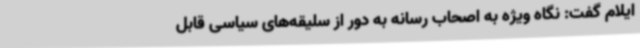
ایلام گفت: نگاه ویژه به اصحاب رسانه به دور از سلیقه‌های سیاسی قابل